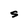
Character: S